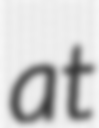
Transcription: at